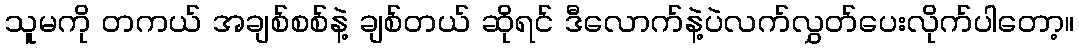
သူမကို တကယ် အချစ်စစ်နဲ့ ချစ်တယ် ဆိုရင် ဒီလောက်နဲ့ပဲလက်လွှတ်ပေးလိုက်ပါတော့။